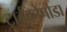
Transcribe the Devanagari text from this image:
ट्राईकोपोडा